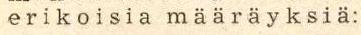
e r i k o i s i a  m ä ä r ä y k s i ä: